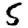
Digit: 5